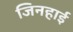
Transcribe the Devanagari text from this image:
जिनहाई